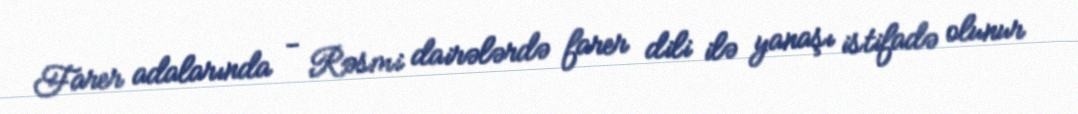
Farer adalarında - Rəsmi dairələrdə farer dili ilə yanaşı istifadə olunur